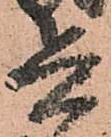
兵